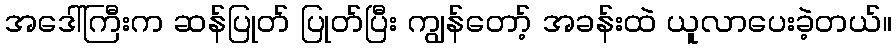
အဒေါ်ကြီးက ဆန်ပြုတ် ပြုတ်ပြီး ကျွန်တော့် အခန်းထဲ ယူလာပေးခဲ့တယ်။